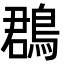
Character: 鵘